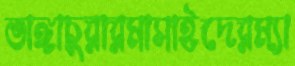
ভাঙ্গাচুরারমাসাইদেরম্যা